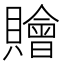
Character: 𧸤